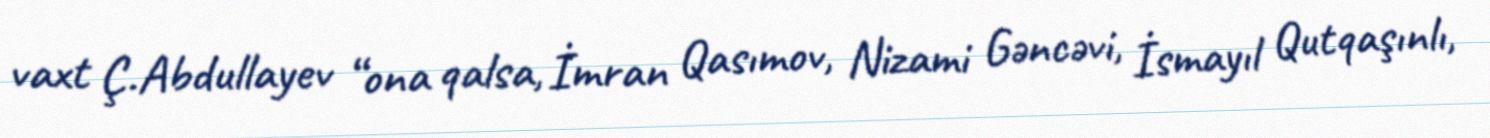
vaxt Ç.Abdullayev “ona qalsa, İmran Qasımov, Nizami Gəncəvi, İsmayıl Qutqaşınlı,